Leaving Certificate Examination, 1911
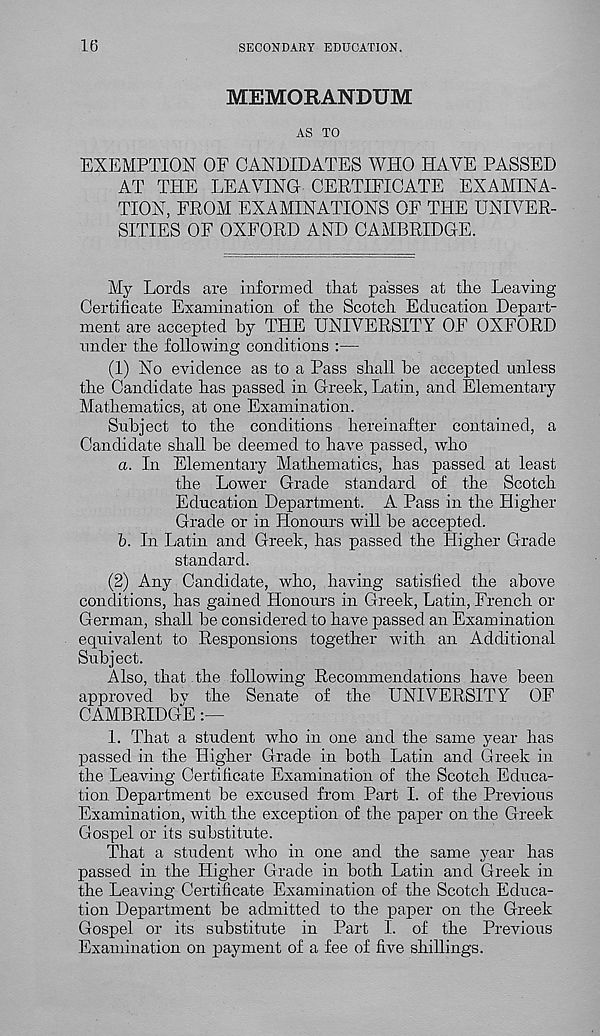
16
SECONDARY EDUCATION.
MEMORANDUM
AS TO
EXEMPTION OF CANDIDATES WHO HAVE PASSED
AT THE LEAVING CERTIFICATE EXAMINA-
TION, FROM EXAMINATIONS OF THE UNIVER-
SITIES OF OXFORD AND CAMBRIDGE.
My Lords are informed that passes at the Leaving
Certificate Examination of tlie Scotch Education Depart-
ment are accepted by THE UNIVERSITY OF OXFORD
under the following conditions :—
(1) No evidence as to a Pass shall be accepted unless
the Candidate has passed in Greek, Latin, and Elementary
Mathematics, at one Examination.
Subject to the conditions hereinafter contained, a
Candidate shall be deemed to have passed, who
a. In Elementary Mathematics, has passed at least
the Lower Grade standard of the Scotch
Education Department. A Pass in the Higher
Grade or in Honours will be accepted.
b. In Latin and Greek, has passed the Higher Grade
standard.
(2) Any Candidate, who, having satisfied the above
conditions, has gained Honours in Greek, Latin, French or
German, shall be considered to have passed an Examination
equivalent to Responsions together with an Additional
Subject.
Also, that the following Recommendations have been
approved bv the Senate of the UNIVERSITY OF
CAMBRIDGE
1. That a student who in one and the same year has
passed in the Higher Grade in both Latin and Greek in
the Leaving Certificate Examination of the Scotch Educa-
tion Department be excused from. Part I. of the Previous
Examination, with the exception of the paper on the Greek
Gospel or its substitute.
That a student who in one and the same year has
passed in the Higher Grade in both Latin and Greek in
the Leaving Certificate Examination of the Scotch Educa-
tion Department be admitted to the paper on the Greek
Gospel or its substitute in Part I. of the Previous
Examination on payment of a fee of five shillings.